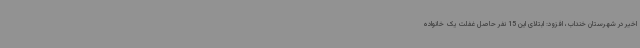
اخیر در شهرستان خنداب، افزود: ابتلای این 15 نفر حاصل غفلت یک خانواده